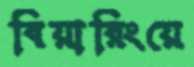
বিয়ারিংয়ে